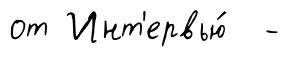
от Инт'ервью́ -